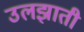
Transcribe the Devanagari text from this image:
उलझाती